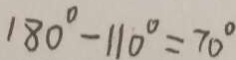
1 8 0 ^ { \circ } - 1 1 0 ^ { \circ } = 7 0 ^ { \circ }